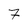
Character: 7